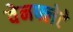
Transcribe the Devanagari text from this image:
वेनफ्लेटे